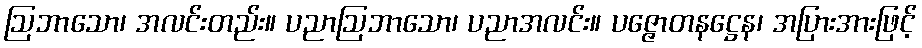
ဩဘာသော၊ အလင်းတည်း။ ပညာဩဘာသော၊ ပညာအလင်း။ ပဇ္ဇောတနဋ္ဌေန၊ အပြားအားဖြင့်